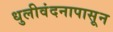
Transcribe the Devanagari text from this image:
धुलीवंदनापासून